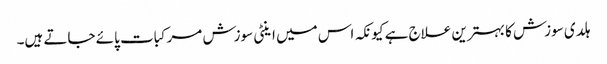
ہلدی سوزش کا بہترین علاج ہے کیونکہ اس میں اینٹی سوزش مرکبات پائے جاتے ہیں۔